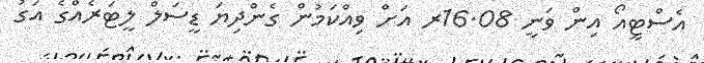
އެސްޓީއޯ އިން ވަނީ 16.08ރ އަށް ވިއްކަމުން ގެންދިޔަ ޑީސަލް ލީޓަރެއްގެ އަގު